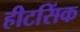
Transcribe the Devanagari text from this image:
हीटसिंक